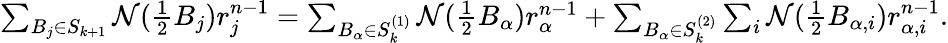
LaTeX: \begin{array}{r}{\sum_{B_{j}\in S_{k+1}}\mathcal{N}(\frac{1}{2}B_{j})r_{j}^{n-1}=\sum_{B_{\alpha}\in S_{k}^{(1)}}\mathcal{N}(\frac{1}{2}B_{\alpha})r_{\alpha}^{n-1}+\sum_{B_{\alpha}\in S_{k}^{(2)}}\sum_{i}\mathcal{N}(\frac{1}{2}B_{\alpha,i})r_{\alpha,i}^{n-1}.}\end{array}